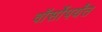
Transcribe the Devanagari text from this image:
वॉर्सोपर्यंत